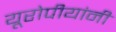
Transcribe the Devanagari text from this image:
यूरोपीयांनी